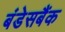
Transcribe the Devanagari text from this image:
बंडेसबैंक